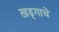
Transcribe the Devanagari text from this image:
खड्गाचे